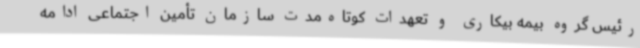
رئیس گروه بیمه بیکاری و تعهدات کوتاه‌مدت سازمان تأمین اجتماعی ادامه